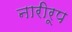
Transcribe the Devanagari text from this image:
नारीरूप